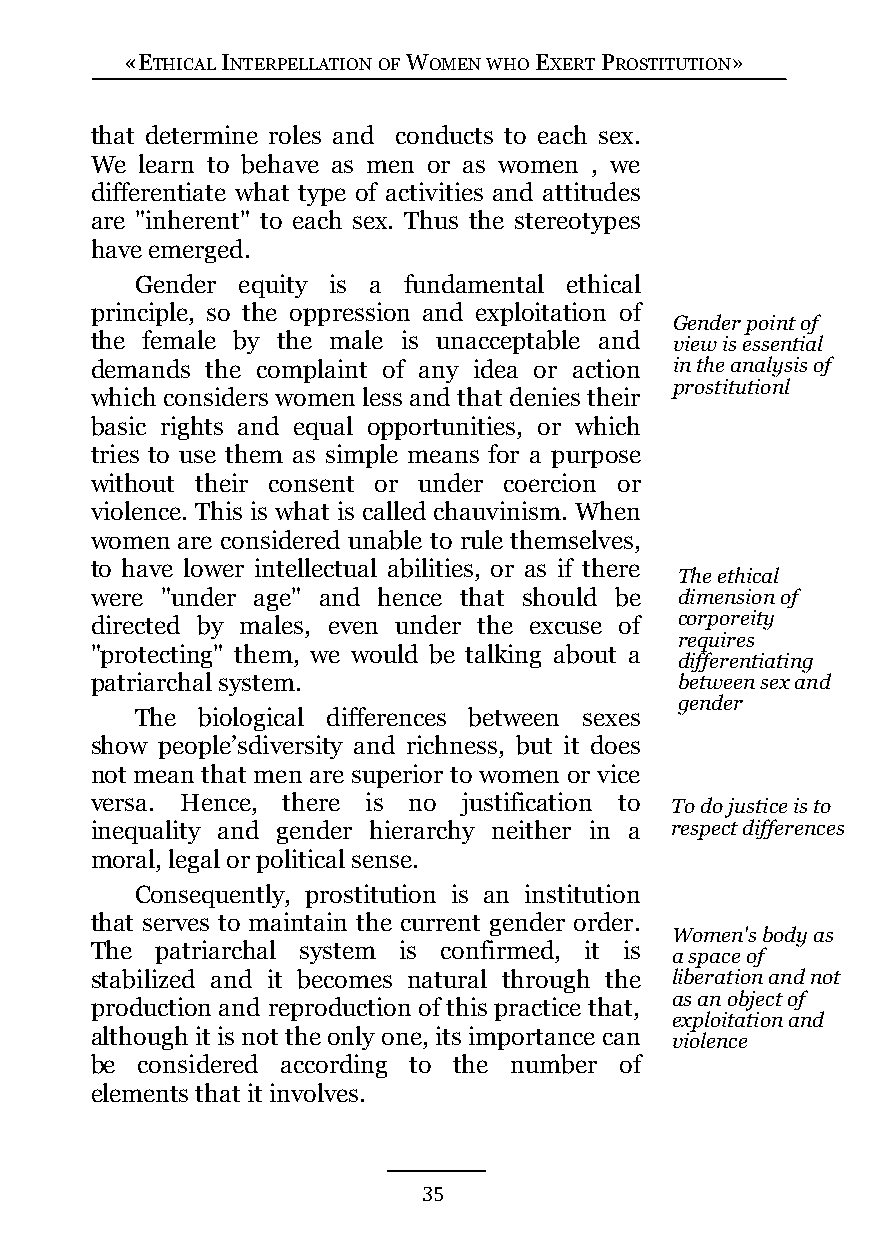
«ETHICAL INTERPELLATION OF WOMEN WHO EXERT PROSTITUTION»
 that determine roles and conducts to each sex.
 We learn to behave as men or as women , we
 differentiate what type of activities and attitudes
 are "inherent" to each sex. Thus the stereotypes
 have emerged.
 Gender equity is a fundamental ethical
 principle, so the oppression and exploitation of
 Gender point of
 the female by the male is unacceptable and view is essential
 demands the complaint of any idea or action in the analysis of
 prostitutionl
 which considers women less and that denies their
 basic rights and equal opportunities, or which
 tries to use them as simple means for a purpose
 without their consent or under coercion or
 violence. This is what is called chauvinism. When
 women are considered unable to rule themselves,
 to have lower intellectual abilities, or as if there
 The ethical
 were "under age" and hence that should be dimension of
 directed by males, even under the excuse of corporeity
 requires
 "protecting" them, we would be talking about a
 differentiating
 patriarchal system.                    between sex and
 gender
 The biological differences between sexes
 show people’sdiversity and richness, but it does
 not mean that men are superior to women or vice
 versa. Hence, there is no justification to To do justice is to
 inequality and gender hierarchy neither in a respect differences
 moral, legal or political sense.
 Consequently, prostitution is an institution
 that serves to maintain the current gender order.
 Women's body as
 The patriarchal system is confirmed, it is
 a space of
 stabilized and it becomes natural through the liberation and not
 as an object of
 production and reproduction of this practice that,
 exploitation and
 although it is not the only one, its importance can
 violence
 be considered according to the number of
 elements that it involves.
 35